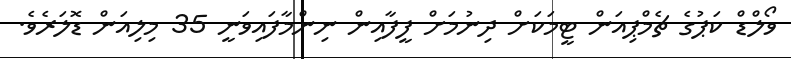
ވޯލްޑް ކަޕުގެ ޗެމްޕިއަން ޓީމަކަށް ދިނުމަށް ފީފާއިން ނިންމާފައިވަނީ 35 މިލިއަން ޑޮލަރެވެ.